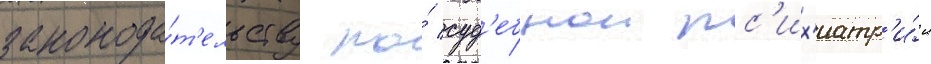
законода́т'ельству по́ суд'ебнои пс'их'иатр'и́и